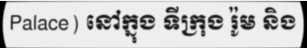
Palace) នៅក្នុង ទីក្រុង រ៉ូម និង